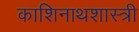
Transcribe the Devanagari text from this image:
काशिनाथशास्त्री